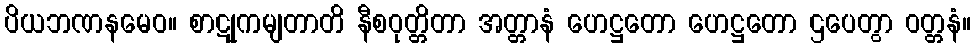
ပိယဘဏနမေဝ။ စာဋုကမျတာတိ နီစဝုတ္တိတာ အတ္တာနံ ဟေဋ္ဌတော ဟေဋ္ဌတော ဌပေတွာ ဝတ္တနံ။